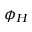
\phi _ { H }